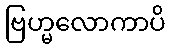
ဗြဟ္မလောကာပိ